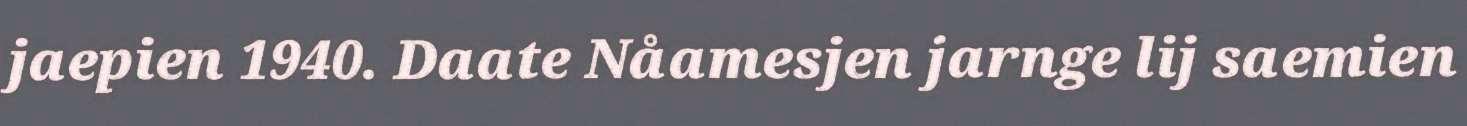
jaepien 1940. Daate Nåamesjen jarnge lij saemien